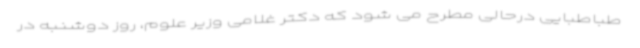
طباطبایی درحالی مطرح می شود که دکتر غلامی وزیر علوم، روز دوشنبه در